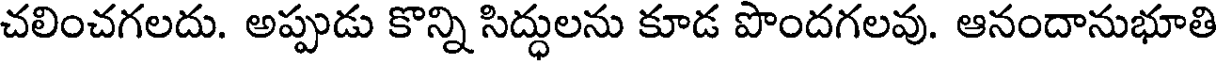
చలించగలదు. అప్పుడు కొన్ని సిద్ధులను కూడ పొందగలవు. ఆనందానుభూతి